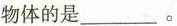
物体的是___。